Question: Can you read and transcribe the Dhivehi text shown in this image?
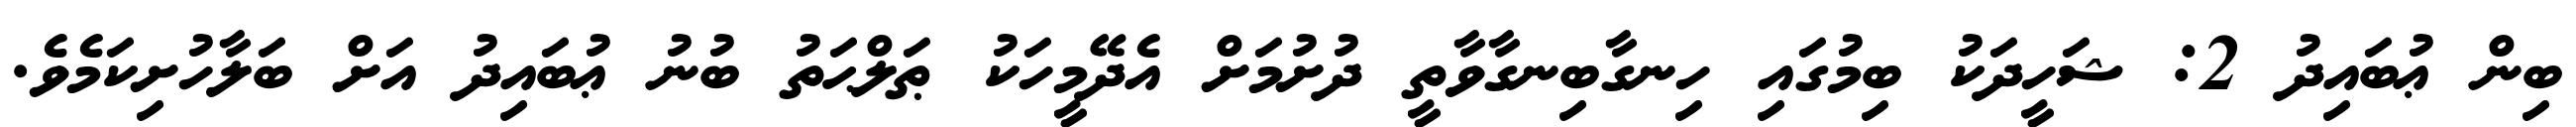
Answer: ބިން ޢުބައިދު 2: ޝަހީދަކު ބިމުގައި ހިނގާބިނގާވާތީ ދުށުމަށް އެދޭމީހަކު ޠަލްޙަތު ބުނު ޢުބައިދު އަށް ބަލާހުށިކަމެވެ.